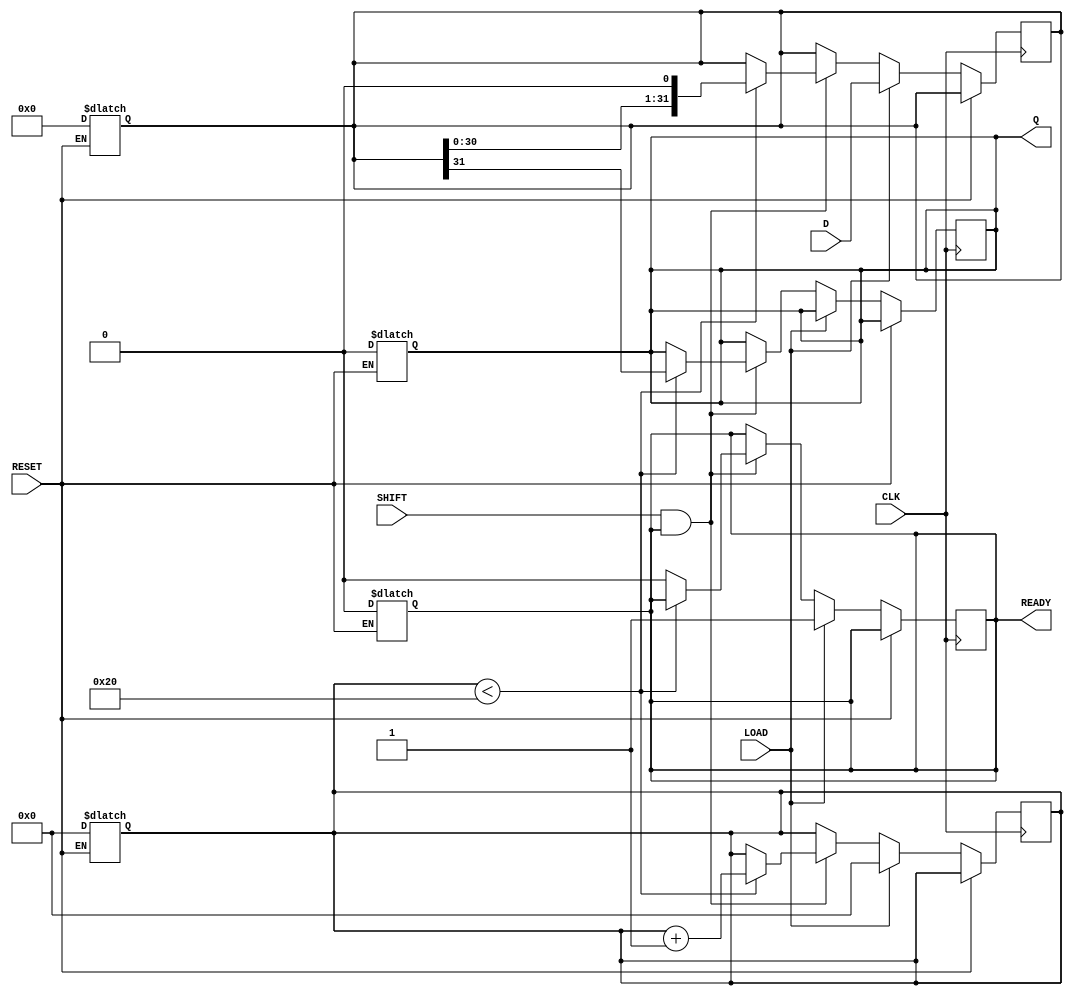
module piso_register (
    input wire [31:0] D,      // 32-bit data input
    input wire LOAD,          // Load control signal
    input wire SHIFT,         // Shift control signal
    input wire CLK,           // Clock signal
    input wire RESET,         // Asynchronous reset signal
    output reg Q,             // Serial output
    output reg READY          // Data ready signal
);

    reg [31:0] storage_reg;   // Storage register for parallel data
    reg [4:0] bit_count;      // Counter to track the number of bits shifted out

    // Asynchronous reset
    always @(*) begin
        if (RESET) begin
            storage_reg <= 32'b0; // Clear storage register
            Q <= 1'b0;            // Clear output
            READY <= 1'b0;        // Not ready
            bit_count <= 5'b0;    // Reset bit counter
        end
    end

    // Main operation
    always @(posedge CLK) begin
        if (RESET) begin
            // Reset state handled in combinational logic
        end else begin
            if (LOAD) begin
                // Load data into storage register
                storage_reg <= D;
                READY <= 1'b1;      // Indicate that data is ready
                bit_count <= 5'b0;   // Reset bit counter
            end else if (SHIFT && READY) begin
                // Shift data out serially
                if (bit_count < 32) begin
                    Q <= storage_reg[31]; // Output MSB
                    storage_reg <= {storage_reg[30:0], 1'b0}; // Shift left
                    bit_count <= bit_count + 1; // Increment bit counter
                end else begin
                    READY <= 1'b0; // No more data to shift, not ready
                end
            end
        end
    end

endmodule